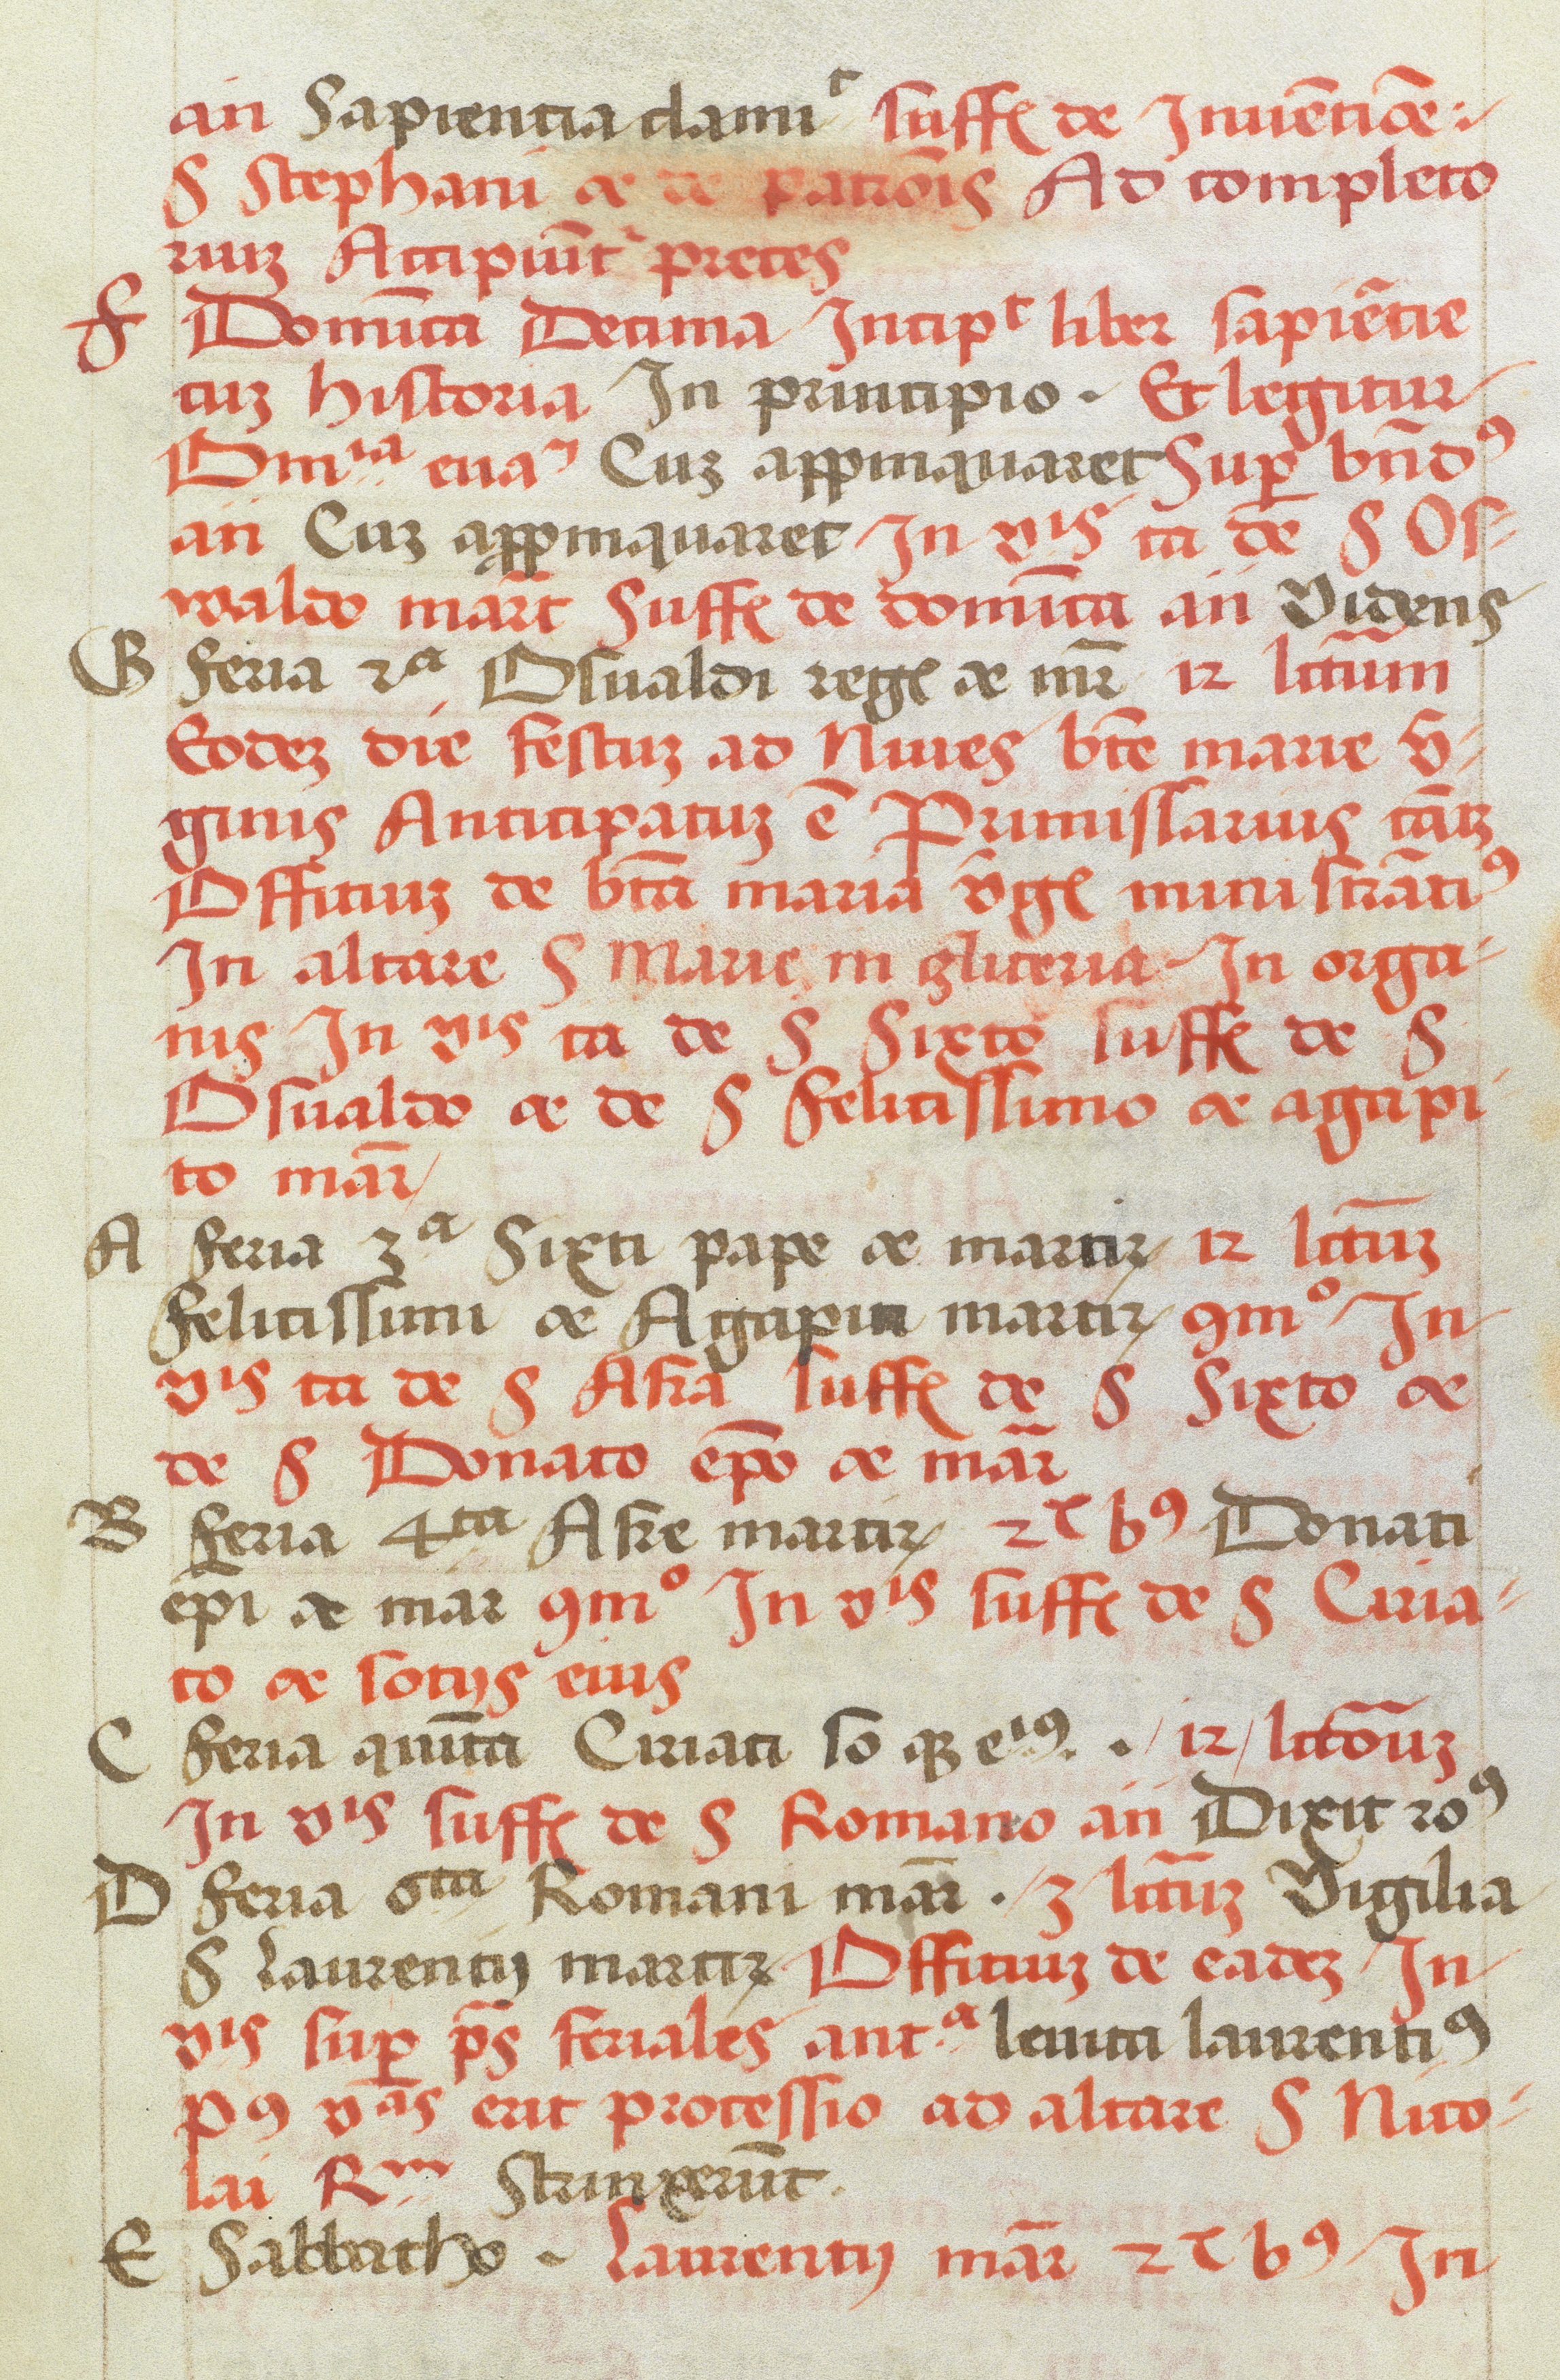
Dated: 1505–1535